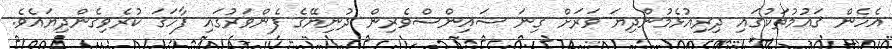
އެހެން ޤައުމުތަކުގައި ދިރިއުޅެމުންދިޔަ ވަރަށް ގިނަ ސައިންސްވެރިން ދުނިޔޭގެ ފެންވަރުގައި ފާހަގަ ކުރެވިގެންދިޔައެވެ.